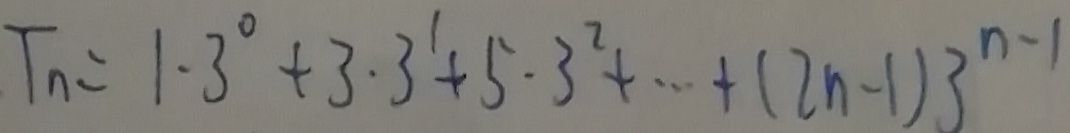
T _ { n } = 1 . 3 ^ { 0 } + 3 \cdot 3 ^ { 1 } + 5 \cdot 3 ^ { 2 } + \cdots + ( 2 n - 1 ) 3 ^ { n - 1 }